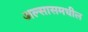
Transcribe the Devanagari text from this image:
अल्सासमधील